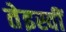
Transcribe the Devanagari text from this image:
तेइस्वीं